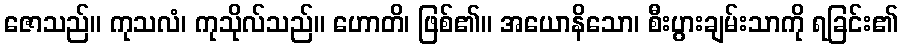
ဇောသည်။ ကုသလံ၊ ကုသိုလ်သည်။ ဟောတိ၊ ဖြစ်၏။ အယောနိသော၊ စီးပွားချမ်းသာကို ရခြင်း၏